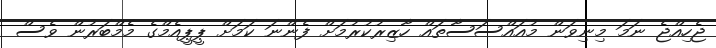
ޖެހިއްޖެ ނަމަ މިނިވަން މުއައްސަސާތައް ހާޒިރުކުރުމަށް ފެންނަ ކަމަށް ޕީޕީއެމްގެ މެމްބަރުން ވެސް